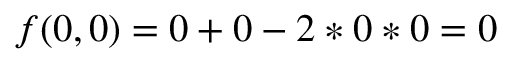
f ( 0 , 0 ) = 0 + 0 - 2 * 0 * 0 = 0